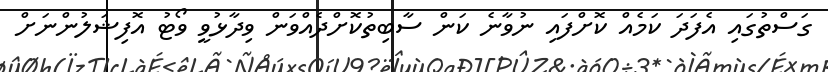
ގަސްތުގައި އެފަދަ ކަމެއް ކޮށްފައި ނުވާނެ ކަން ސާބިތުކޮށްދެއްވަން ވިދާޅުވީ ވޯޓު އޮފިޝަލުންނަށް